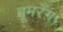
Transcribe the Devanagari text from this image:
बूमरँग